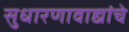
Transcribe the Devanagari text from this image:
सुधारणावाद्यांचे